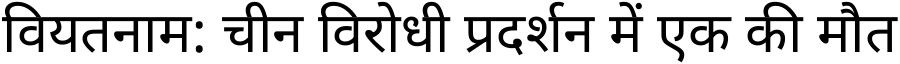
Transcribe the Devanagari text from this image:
वियतनाम: चीन विरोधी प्रदर्शन में एक की मौत